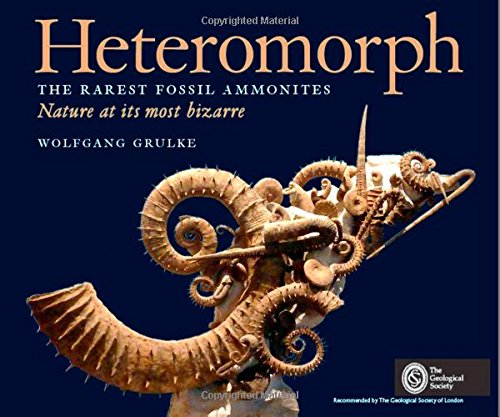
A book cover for Heteromorph: The Rarest Fossil Ammonites: Nature at its Most Bizarre; Wolfgang Grulke; Science & Math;